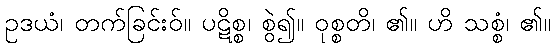
ဥဒယံ၊ တက်ခြင်းဝ်။ ပဋိစ္စ၊ စွဲ၍။ ဝုစ္စတိ၊ ၏။ ဟိ သစ္စံ၊ ၏။